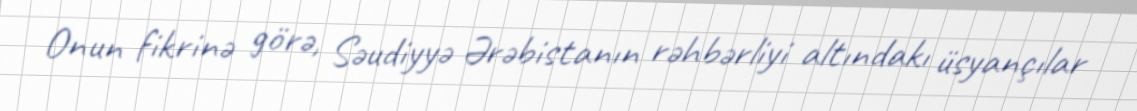
Onun fikrinə görə, Səudiyyə Ərəbistanın rəhbərliyi altındakı üsyançılar